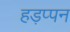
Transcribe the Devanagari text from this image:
हड़प्पन